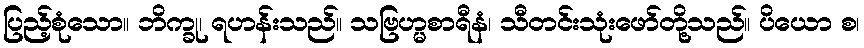
ပြည့်စုံသော။ ဘိက္ခု၊ ရဟန်းသည်။ သဗြဟ္မစာရီနံ၊ သီတင်းသုံးဖော်တို့သည်။ ပိယော စ၊